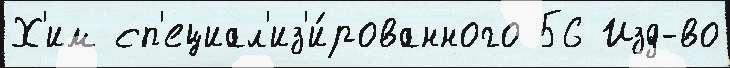
Х'им сп'ециал'из'и́рованного 56 Изд-во